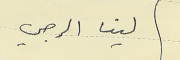
لينا الرجي